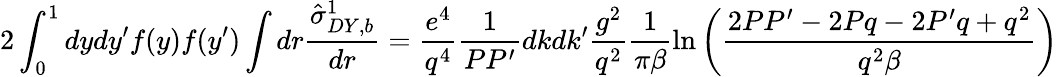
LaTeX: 2\int_{0}^{1}dydy^{\prime}f(y)f(y^{\prime})\int dr\frac{\hat{\sigma}_{DY,b}^{1}}{dr}=\frac{e^{4}}{q^{4}}\frac{1}{PP^{\prime}}dkdk^{\prime}\frac{g^{2}}{q^{2}}\frac{1}{\pi\beta}\ln\left(\frac{2PP^{\prime}-2Pq-2P^{\prime}q+q^{2}}{q^{2}\beta}\right)